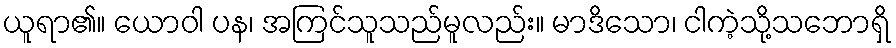
ယူရာ၏။ ယောဝါ ပန၊ အကြင်သူသည်မူလည်း။ မာဒိသော၊ ငါကဲ့သို့သဘောရှိ